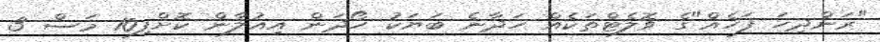
"ރަންދިހަ ފަހެއް"ގެ ވޮލެޓްތަކެއް ހަދާނެ ބަޔަކު ހޯދަން އިއުލާން ކޮށްފި10 މަސް 3